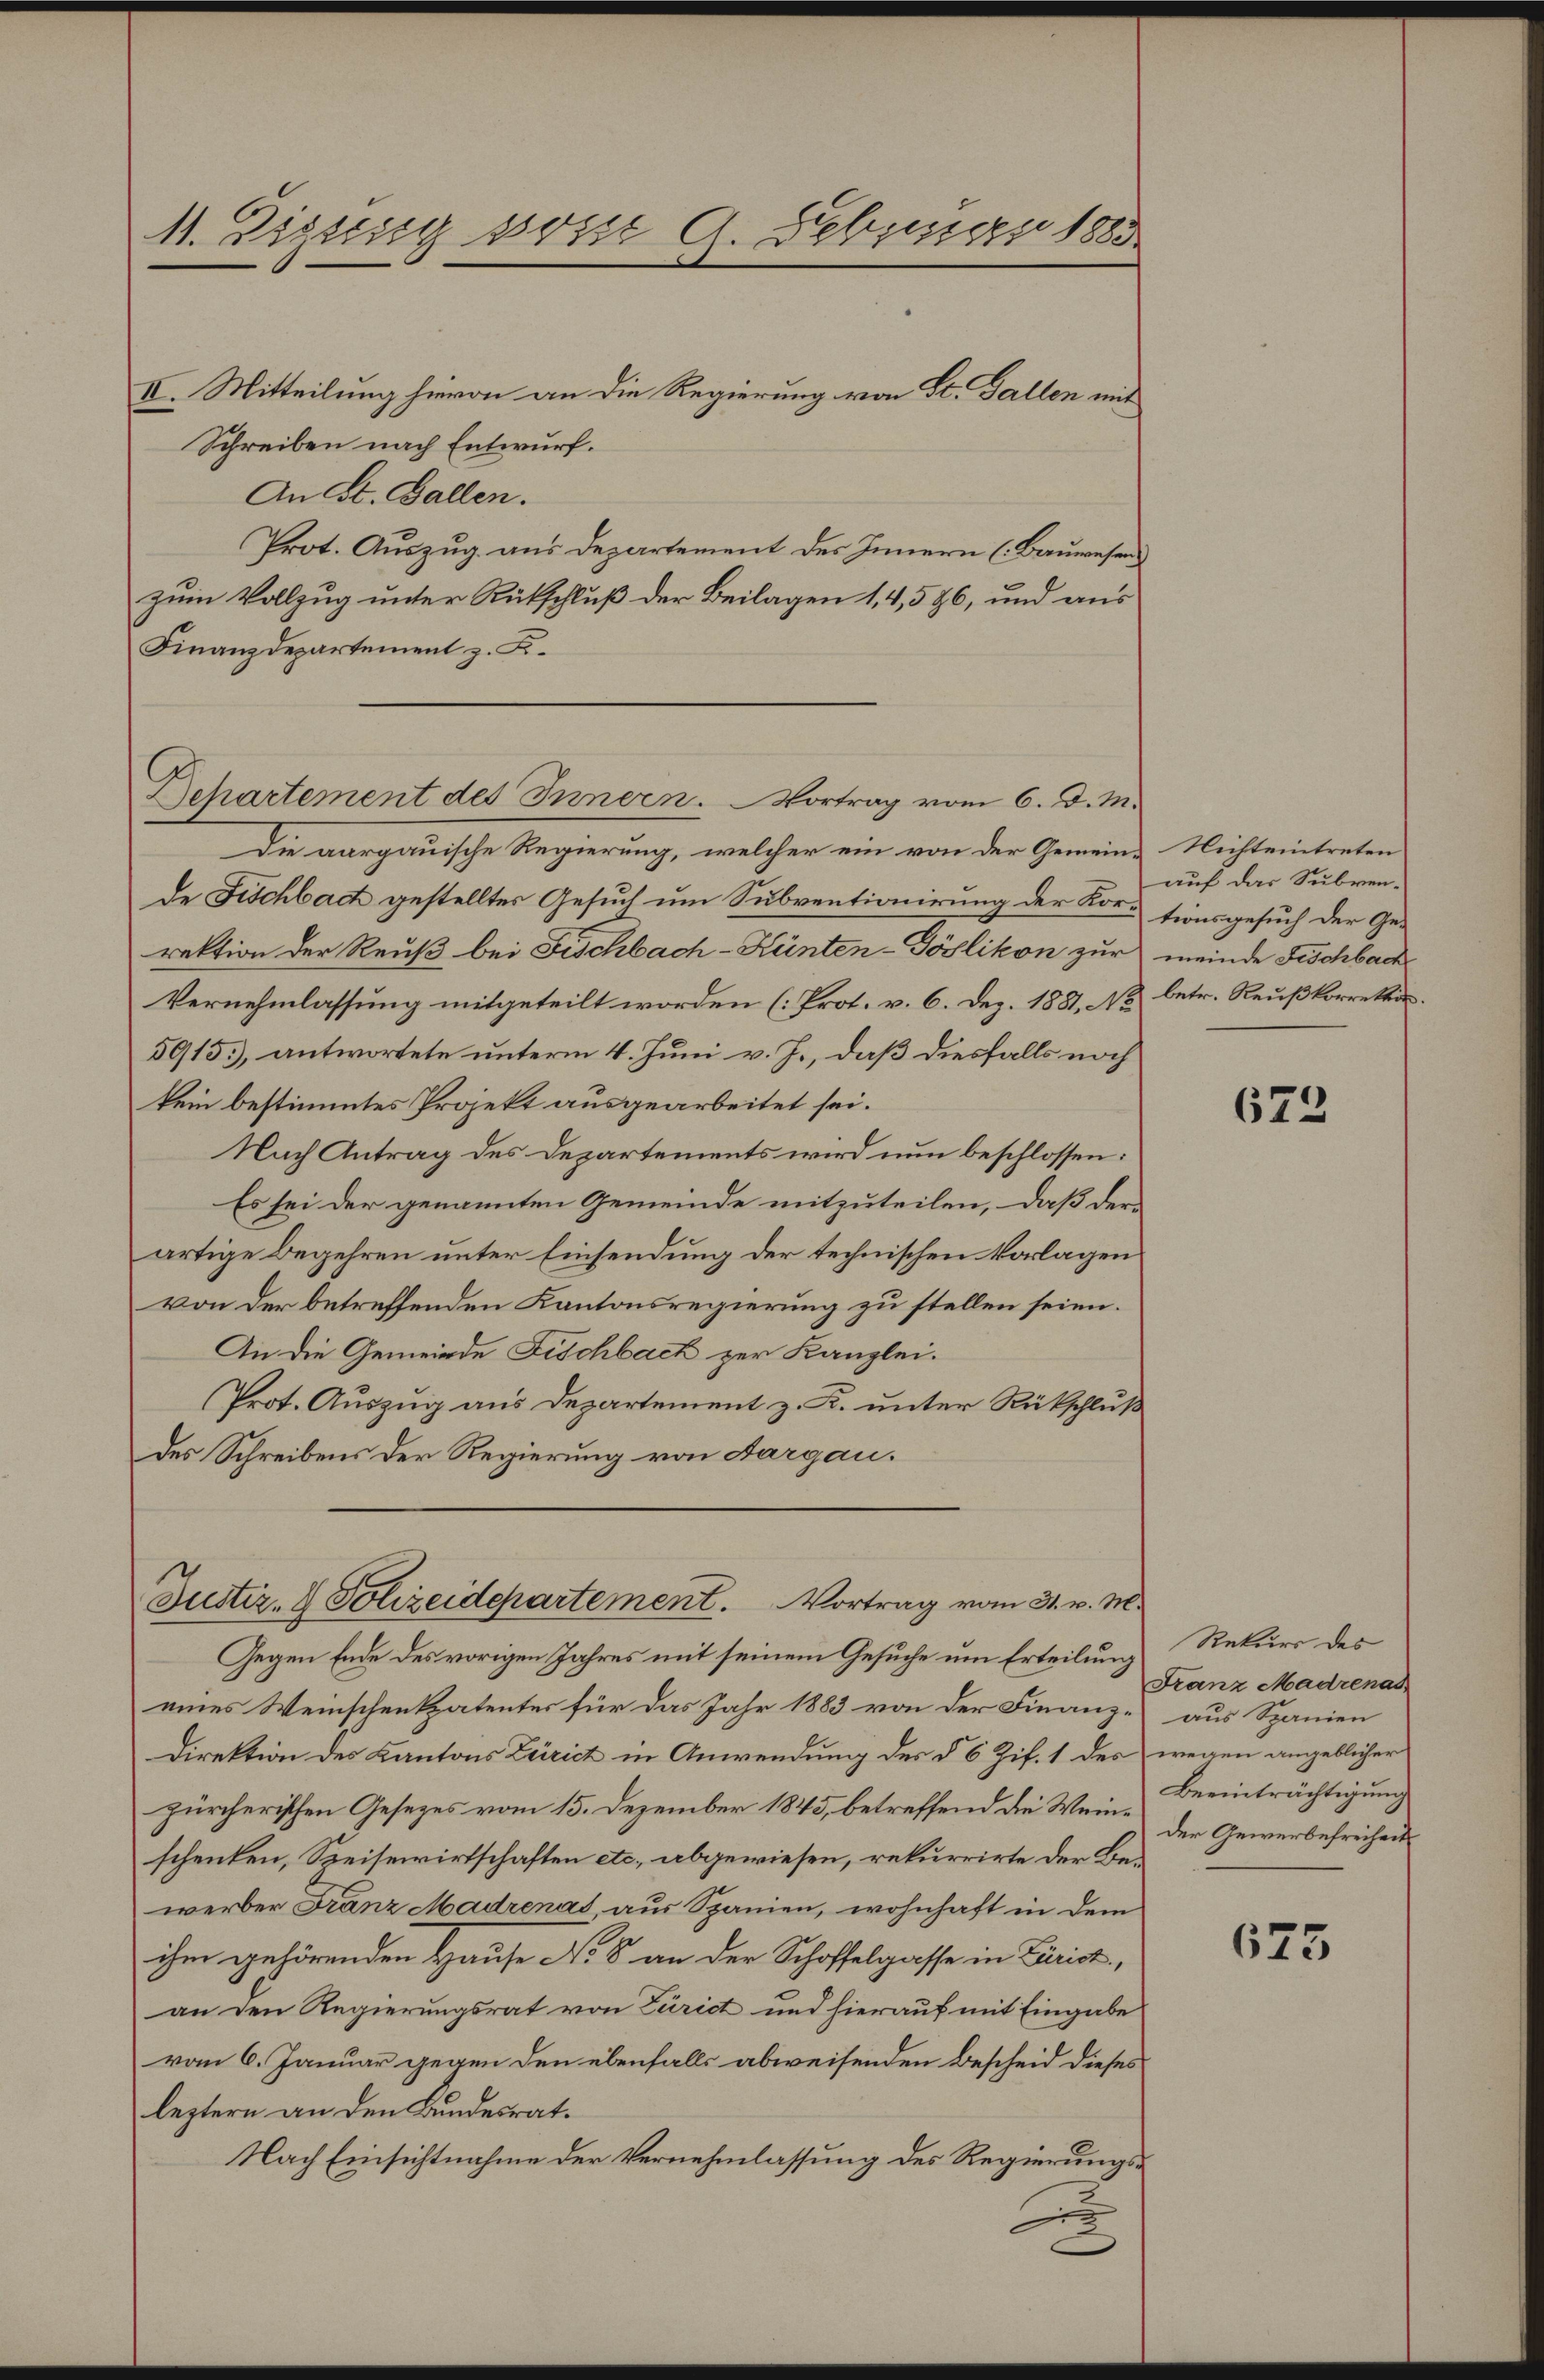
II. Mitteilung hievon an die Regierung von St. Gallen mit
Schreiben nach Entwurf.
An St. Gallen.
Prot. Auszug aus Departement des Innern (Bauwesen
zum Vollzug unter Rückschluß der Beilagen 1,4,586, und aus
Finanzdepartement z. Fi¬
Departement des Innern. Vortrag vom 6. d. M.

11. Disses post A. Hebung 1883

Die aargauische Regierung, welcher ein von der Gemeine Nichteintreten
de Fischbach gestelltes Gesuch um Subventionirung der Kortionsgesuch der Gerektion der Reuß bei Fischbach-Künten-Pöslikon zur meinde Fischbach
Vernehmlassung mitgeteilt worden (Prot. v. 6. Dez. 1881, No betr. Reußkorrettin.
5915), antwortete unterm 4. Juni v. J., daß diesfalls noch
kein bestimmtes Projekt ausgearbeitet sei.
Nach Antrag des Departements wird nun beschlossen:
Es sei der genannten Gemeinde mitzuteilen, daß derartige Begehren unter Einsendung der technischen Vorlagen
von der betreffenden Kantonsregierung zu stellen seien.
An die Gemeinde Fischbach zur Kanzlei.
Prot. Auszug aus Departement z. K. unter Rückschluß
des Schreibens der Regierung von Aargau.

Justiz- & Polizeidepartement. Vortrag vom 31. v. M.

Gegen Ende des vorigen Jahres mit seinem Gesuche um Erteilung
eines Weinschenkpatenter für das Jahr 1883 von der Finanze aus Spanien
Direktion des Kantons Zürich in Anwendung des § 6 Zif. 1 des wegen angeblicher
zürcherischen Gesezes vom 15. Dezember 1845, betreffend die Wein- Beeinträchtigung
schenken, Speisewirtschaften etc. abgewiesen, rekurrirte der Bewerber Franz Madrenas, aus Spanien, wohnhaft in dem
ihm gehörenden Hause No 8 an der Schoffelgasse in Zürich,
an den Regierungsrat von Zürich und hierauf mit Eingabe
vom 6. Januar gegen den ebenfalls abweisenden Bescheid dieses
leztern an den Bundesrat.
Nach Einsichtnahme der Vernehmlassung des Regierungs¬

auf das Subven¬

673

Rekurs des
Franz Madrenas
Der Gewerbefreiheit

675